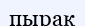
пырақ